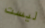
ليست